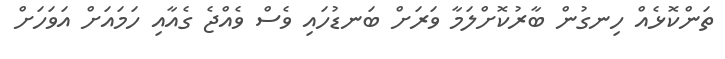
ތަންކޮޅެއް ހިނގުން ބާރުކޮށްލަމާ ވަރަށް ބަނޑުހައި ވެސް ވެއްޖެ ގެއާއި ހަމައަށް އަވަހަށް